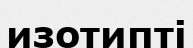
изотипті